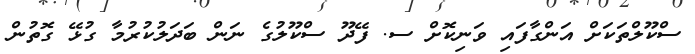
ސްކޫލްތަކަށް އަންގާފައި ވަނިކޮށް ސ. ފޭދޫ ސްކޫލުގެ ނަން ބަދަލުކުރުމާ ގުޅޭ ގޮތުން